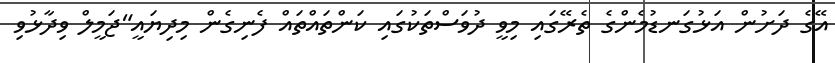
އޭގެ ދަށުން އަޅުގަނޑުމެންގެ ތެރޭގައި މިވީ ދުވަސްތަކުގައި ކަންތައްތައް ފެނިގެން މިދިޔައީ"ޖަމީލް ވިދާޅުވި